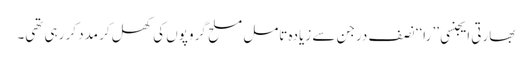
بھارتی ایجنسی ’’ را‘‘ نصف درجن سے زیادہ تامل مسلح گروپوں کی کھل کر مدد کر رہی تھی۔